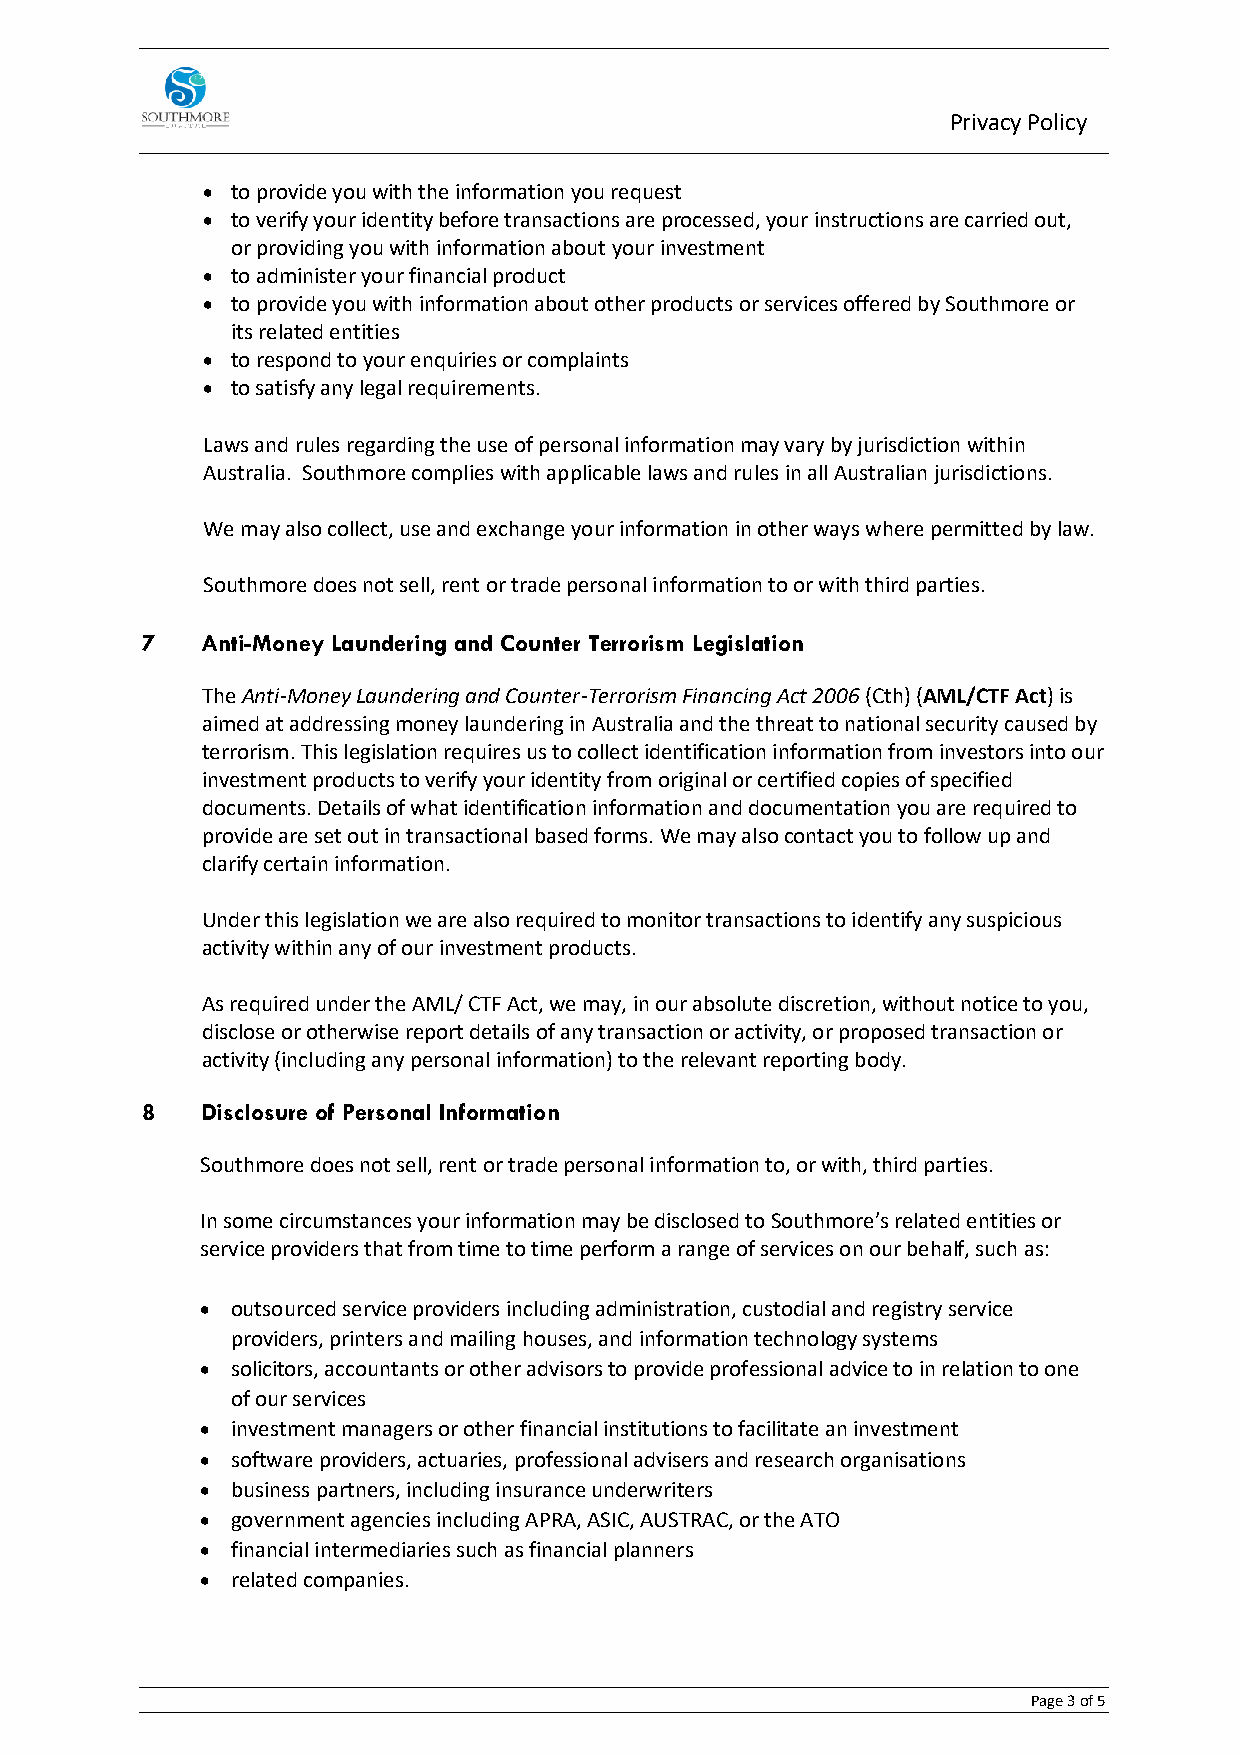
Privacy Policy
 • to provide you with the information you request
 • to verify your identity before transactions are processed, your instructions are carried out,
 or providing you with information about your investment
 • to administer your financial product
 • to provide you with information about other products or services offered by Southmore or
 its related entities
 • to respond to your enquiries or complaints
 • to satisfy any legal requirements.
 Laws and rules regarding the use of personal information may vary by jurisdiction within
 Australia. Southmore complies with applicable laws and rules in all Australian jurisdictions.
 We may also collect, use and exchange your information in other ways where permitted by law.
 Southmore does not sell, rent or trade personal information to or with third parties.
 7   Anti-Money Laundering and Counter Terrorism Legislation
 The Anti-Money Laundering and Counter-Terrorism Financing Act 2006 (Cth) (AML/CTF Act) is
 aimed at addressing money laundering in Australia and the threat to national security caused by
 terrorism. This legislation requires us to collect identification information from investors into our
 investment products to verify your identity from original or certified copies of specified
 documents. Details of what identification information and documentation you are required to
 provide are set out in transactional based forms. We may also contact you to follow up and
 clarify certain information.
 Under this legislation we are also required to monitor transactions to identify any suspicious
 activity within any of our investment products.
 As required under the AML/ CTF Act, we may, in our absolute discretion, without notice to you,
 disclose or otherwise report details of any transaction or activity, or proposed transaction or
 activity (including any personal information) to the relevant reporting body.
 8   Disclosure of Personal Information
 Southmore does not sell, rent or trade personal information to, or with, third parties.
 In some circumstances your information may be disclosed to Southmore’s related entities or
 service providers that from time to time perform a range of services on our behalf, such as:
 • outsourced service providers including administration, custodial and registry service
 providers, printers and mailing houses, and information technology systems
 • solicitors, accountants or other advisors to provide professional advice to in relation to one
 of our services
 • investment managers or other financial institutions to facilitate an investment
 • software providers, actuaries, professional advisers and research organisations
 • business partners, including insurance underwriters
 • government agencies including APRA, ASIC, AUSTRAC, or the ATO
 • financial intermediaries such as financial planners
 • related companies.
 Page 3 of 5